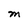
Character: M